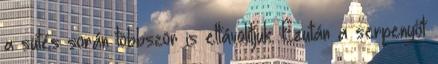
a sütés során többször is eltávolítjuk. Ezután a serpenyőt